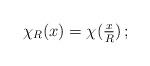
LaTeX: \begin{align*} \chi_R(x)=\chi(\tfrac xR)\,;\end{align*}